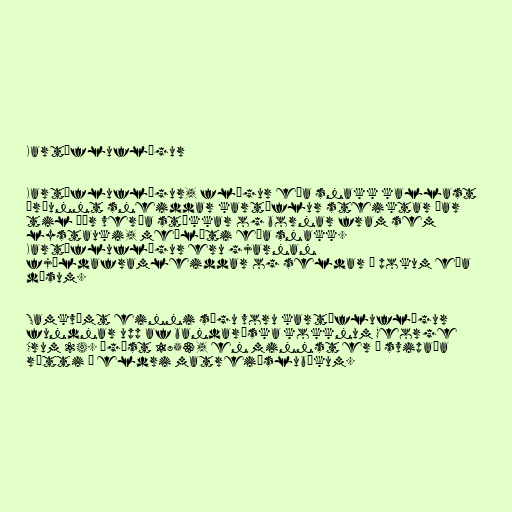
Kartöfluflögur

Kartöfluflögur, flögur eða snakk kallast
örþunnt sneiddar kartöflur steiktar þar
til þær verða stökkar og bornar fram sem
lystauki, meðlæti eða snakk.
Kartöfluflögur eru gjarnan
fjöldaframleiddar og seldar í pokum eða
dósum.

Samkvæmt einni sögu voru kartöfluflögur
fundnar upp af bandaríska kokknum George
Crum 24. ágúst 1853, en minnst er á svipaða
rétti í eldri matreiðslubókum.